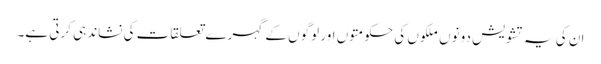
ان کی یہ تشویش دونوں ملکوں کی حکومتوں اور لوگوں کے گہرے تعلقات کی نشاندہی کرتی ہے۔